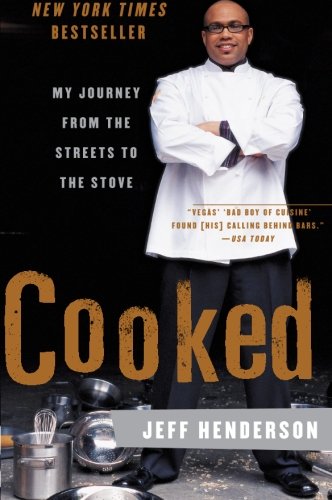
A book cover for Cooked: My Journey from the Streets to the Stove; Jeff Henderson; Biographies & Memoirs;